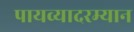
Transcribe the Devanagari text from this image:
पायव्यादरम्यान